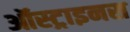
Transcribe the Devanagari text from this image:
ऑस्ट्राइनस